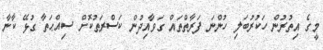
މީގެ އިތުރުން ހަކުރުބަލި ހުންނަ ފަރާތްތައް ގަވާއިދުން ކަސްރަތުކޮށް ސިއްޙަތާ ގުޅޭ ކާނާ